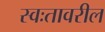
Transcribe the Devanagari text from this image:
स्वःतावरील